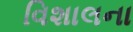
વિશાલના